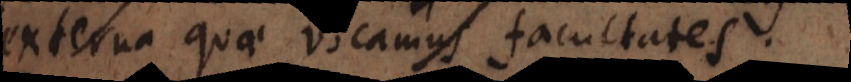
externa quae vocamus facultates.